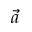
\Vec { a }